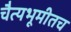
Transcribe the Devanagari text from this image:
चैत्यभूमीतच